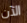
الآن